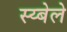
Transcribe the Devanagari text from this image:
स्य्बेले